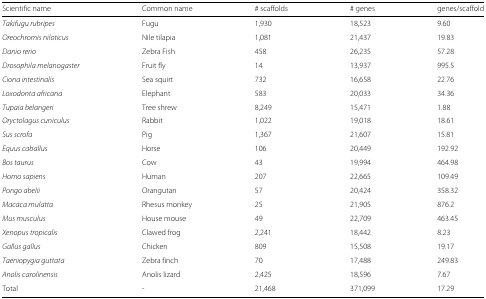
<table><thead><tr><td><b>Scientific name</b></td><td><b>Common name</b></td><td><b># scaffolds</b></td><td><b># genes</b></td><td><b>genes/scaffold</b></td></tr></thead><tbody><tr><td><i>Takifugu rubripes</i></td><td>Fugu</td><td>1,930</td><td>18,523</td><td>9.60</td></tr><tr><td><i>Oreochromis niloticus</i></td><td>Nile tilapia</td><td>1,081</td><td>21,437</td><td>19.83</td></tr><tr><td><i>Danio rerio</i></td><td>Zebra Fish</td><td>458</td><td>26,235</td><td>57.28</td></tr><tr><td><i>Drosophila melanogaster</i></td><td>Fruit fly</td><td>14</td><td>13,937</td><td>995.5</td></tr><tr><td><i>Ciona intestinalis</i></td><td>Sea squirt</td><td>732</td><td>16,658</td><td>22.76</td></tr><tr><td><i>Loxodonta africana</i></td><td>Elephant</td><td>583</td><td>20,033</td><td>34.36</td></tr><tr><td><i>Tupaia belangeri</i></td><td>Tree shrew</td><td>8,249</td><td>15,471</td><td>1.88</td></tr><tr><td><i>Oryctolagus cuniculus</i></td><td>Rabbit</td><td>1,022</td><td>19,018</td><td>18.61</td></tr><tr><td><i>Sus scrofa</i></td><td>Pig</td><td>1,367</td><td>21,607</td><td>15.81</td></tr><tr><td><i>Equus caballus</i></td><td>Horse</td><td>106</td><td>20,449</td><td>192.92</td></tr><tr><td><i>Bos taurus</i></td><td>Cow</td><td>43</td><td>19,994</td><td>464.98</td></tr><tr><td><i>Homo sapiens</i></td><td>Human</td><td>207</td><td>22,665</td><td>109.49</td></tr><tr><td><i>Pongo abelii</i></td><td>Orangutan</td><td>57</td><td>20,424</td><td>358.32</td></tr><tr><td><i>Macaca mulatta</i></td><td>Rhesus monkey</td><td>25</td><td>21,905</td><td>876.2</td></tr><tr><td><i>Mus musculus</i></td><td>House mouse</td><td>49</td><td>22,709</td><td>463.45</td></tr><tr><td><i>Xenopus tropicalis</i></td><td>Clawed frog</td><td>2,241</td><td>18,442</td><td>8.23</td></tr><tr><td><i>Gallus gallus</i></td><td>Chicken</td><td>809</td><td>15,508</td><td>19.17</td></tr><tr><td><i>Taeniopygia guttata</i></td><td>Zebra finch</td><td>70</td><td>17,488</td><td>249.83</td></tr><tr><td><i>Anolis carolinensis</i></td><td>Anolis lizard</td><td>2,425</td><td>18,596</td><td>7.67</td></tr><tr><td>Total</td><td>-</td><td>21,468</td><td>371,099</td><td>17.29</td></tr></tbody></table>